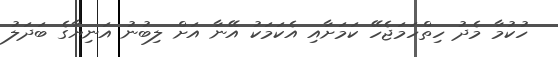
ހުކުމާ މެދު ހިތްހަމަޖެހޭ ކަމަށާއި އެކަމަކު އޭނާ އަށް ލިބުނު އަނިޔާގެ ބަދަލު